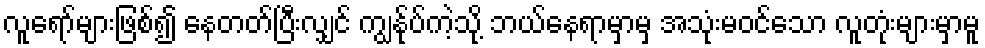
လူရော်များဖြစ်၍ နေတတ်ပြီးလျှင် ကျွန်ုပ်ကဲ့သို့ ဘယ်နေရာမှာမှ အသုံးမဝင်သော လူတုံးများမှာမူ